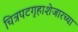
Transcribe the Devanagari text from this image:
चित्रपटगृहाशेजारच्या